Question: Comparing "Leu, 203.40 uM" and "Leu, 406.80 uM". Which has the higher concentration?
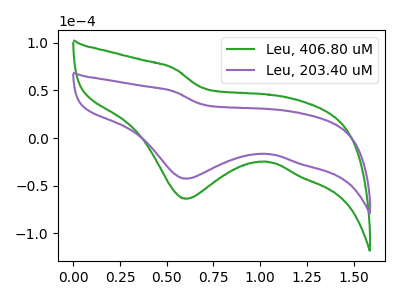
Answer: <think>The green curve "Leu, 406.80 uM" has a cathodic peak at: (0.60V, -63.70uA). The purple curve "Leu, 203.40 uM" has a cathodic peak at: (0.60V, -42.60uA).
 All the peaks in "Leu, 203.40 uM" have a peak in "Leu, 406.80 uM" at the same potential. Every peak in "Leu, 203.40 uM" is lower than every peak in "Leu, 406.80 uM".</think>
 <answer>"Leu, 203.40 uM" has less signal than "Leu, 406.80 uM" and so likely has a lower concentration.</answer>
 <eval>less_concentration</eval>